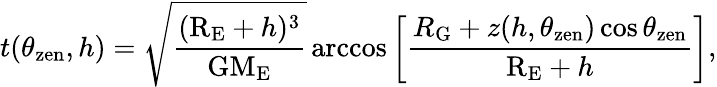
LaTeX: t(\theta_{\mathrm{zen}},h)=\sqrt{\frac{(\mathrm{R_{E}}+h)^{3}}{\mathrm{G}\mathrm{M_{E}}}}\operatorname{arccos}\left[\frac{R_{\mathrm{G}}+z(h,\theta_{\mathrm{zen}})\cos\theta_{\mathrm{zen}}}{\mathrm{R_{E}}+h}\right],